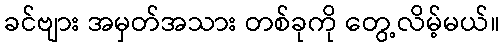
ခင်ဗျား အမှတ်အသား တစ်ခုကို တွေ့လိမ့်မယ်။